Civil Veterinary Dept. Assam report 1927-50 - 1927-1950
Year: 1927
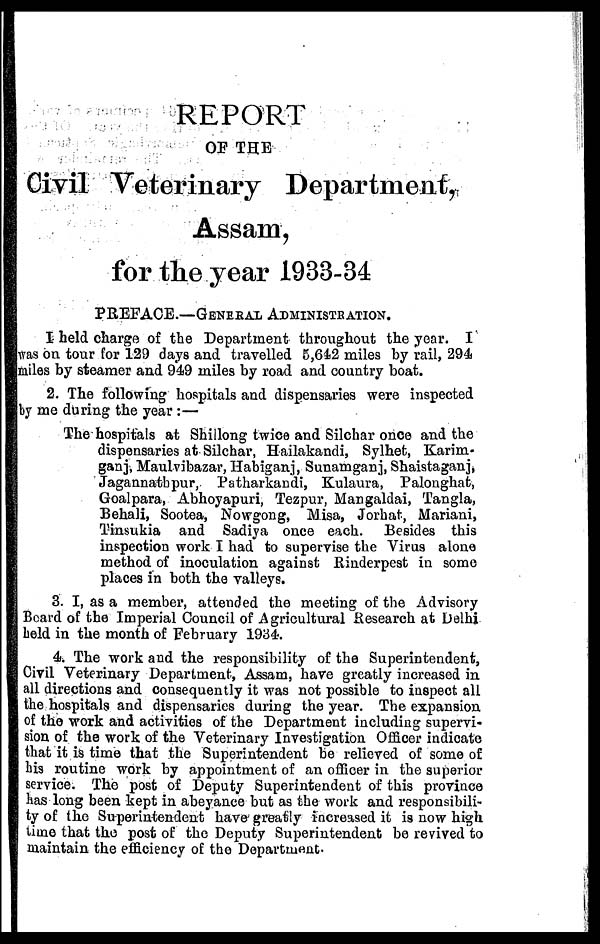
REPORT
OF THE
Civil Veterinary Department,
Assam,
for the year 1933-34
PREFACE.—GENERAL ADMINISTRATION.
I held charge of the Department throughout the year. I
was on tour for 129 days and travelled 5,642 miles by rail, 294
miles by steamer and 949 miles by road and country boat.
2. The following hospitals and dispensaries were inspected
by me during the year :—
The hospitals at Shillong twice and Silchar once and the
dispensaries at Silchar, Hailakandi, Sylhet, Karim-
ganj, Maulvibazar, Habiganj, Sunamganj, Shaistaganj,
Jagannathpur, Patharkandi, Kulaura, Palonghat,
Goalpara, Abhoyapuri, Tezpur, Mangaldai, Tangla,
Behali, Sootea, Nowgong, Misa, Jorhat, Mariani,
Tinsukia and Sadiya once each. Besides this
inspection work I had to supervise the Virus alone
method of inoculation against Rinderpest in some
places in both the valleys.
3. I, as a member, attended the meeting of the Advisory
Beard of the Imperial Council of Agricultural Research at Delhi
held in the month of February 1934.
4. The work and the responsibility of the Superintendent,
Civil Veterinary Department, Assam, have greatly increased in
all directions and consequently it was not possible to inspect all
the hospitals and dispensaries during the year. The expansion
of the work and activities of the Department including supervi-
sion of the work of the Veterinary Investigation Officer indicate
that it is time that the Superintendent be relieved of some of
his routine work by appointment of an officer in the superior
service. The post of Deputy Superintendent of this province
has long been kept in abeyance but as the work and responsibili-
ty of the Superintendent have greatly increased it is now high
time that the post of the Deputy Superintendent be revived to
maintain the efficiency of the Department.